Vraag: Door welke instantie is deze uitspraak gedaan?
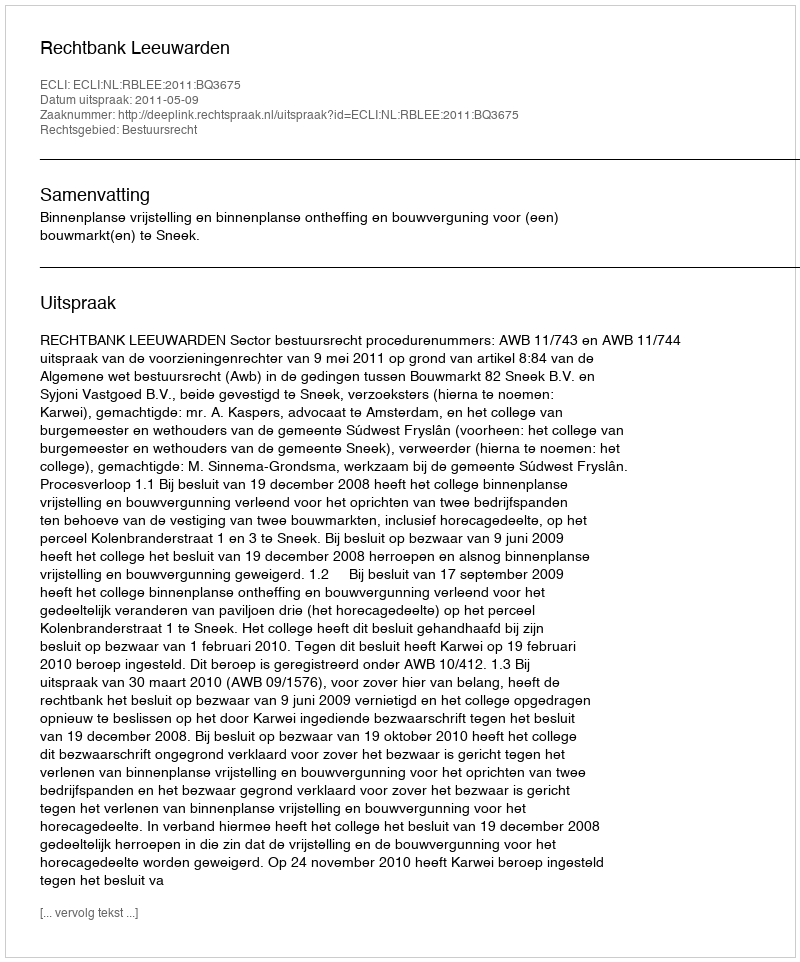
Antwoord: Rechtbank Leeuwarden